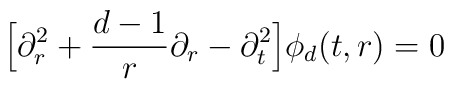
\Big[ \partial_{r}^{2} + \frac{d-1}{r} \partial_{r} - \partial_{t}^{2} \Big]\phi_{d}(t,r) = 0